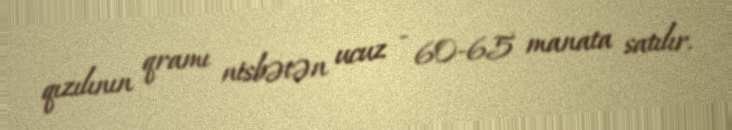
qızılının qramı nisbətən ucuz - 60-65 manata satılır.